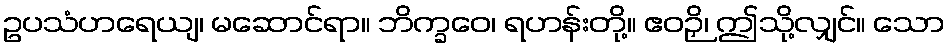
ဥပသံဟရေယျ၊ မဆောင်ရာ။ ဘိက္ခဝေ၊ ရဟန်းတို့။ ဧဝဉှိ၊ ဤသို့လျှင်။ သော